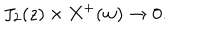
J _ { 2 } ( z ) \times X ^ { + } ( w ) \rightarrow 0 .